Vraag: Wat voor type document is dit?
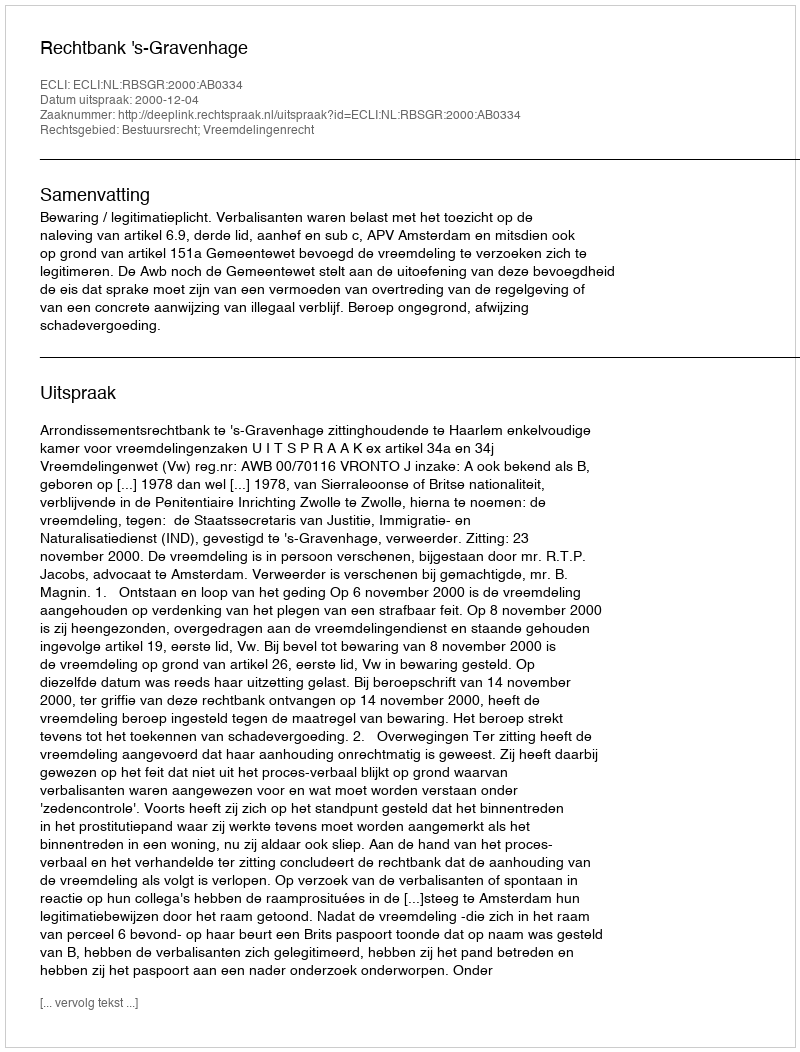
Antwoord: Uitspraak